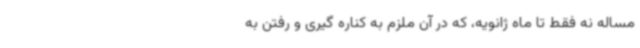
مساله نه فقط تا ماه ژانویه، که در آن ملزم به کناره گیری و رفتن به